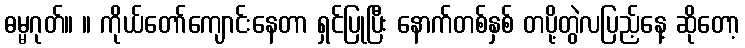
ဓမ္မဂုတ်။ ။ ကိုယ်တော်ကျောင်းနေတာ ရှင်ပြုပြီး နောက်တစ်နှစ် တပို့တွဲလပြည့်နေ့ ဆိုတော့